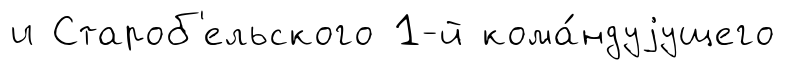
и Староб'ельского 1-й кома́ндуjущего